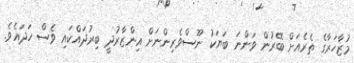
މުޒާހަރާގެ ތެރެއަށް ބޭރުން ވަންނަ ބަޔަކު ނޫސްވެރިންނަށް އިންޒާރުދީ ބިރުދައްކައި ވެސް ހަދައެވެ.